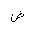
Letter: _dad